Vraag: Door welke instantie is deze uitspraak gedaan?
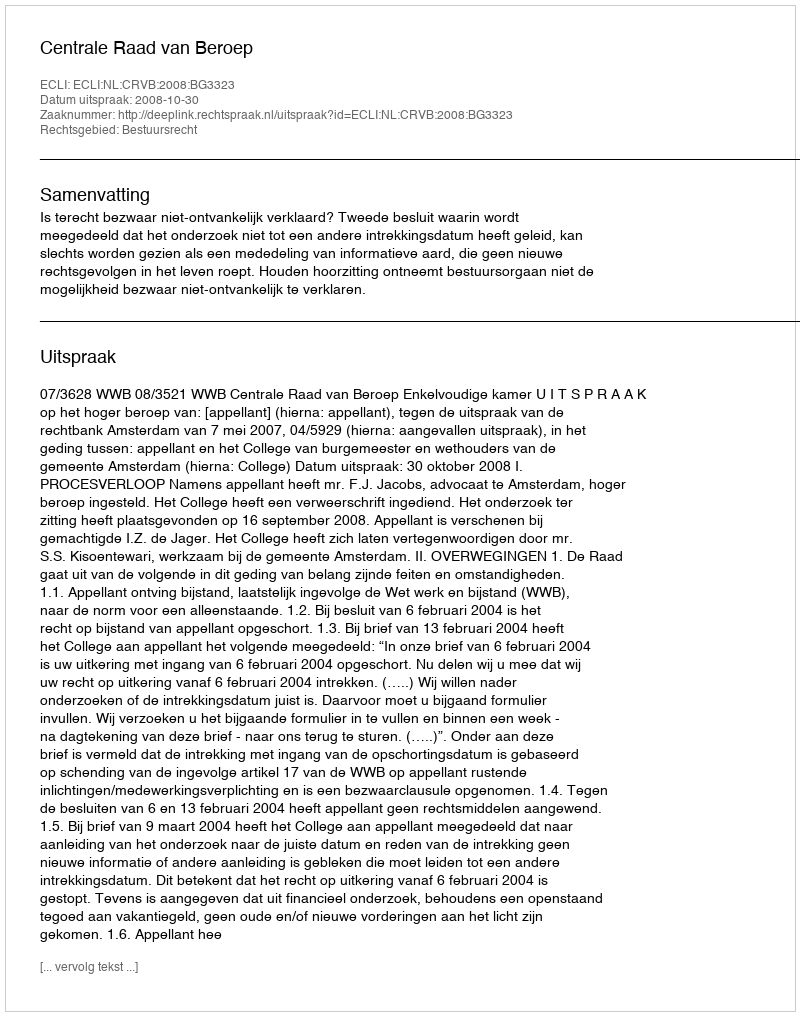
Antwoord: Centrale Raad van Beroep